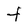
Character: t